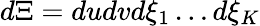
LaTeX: d\Xi=dudvd{{\xi}_{1}}\ldots d{{\xi}_{K}}